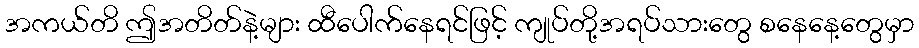
အကယ်တိ ဤအတိတ်နဲ့များ ထီပေါက်နေရင်ဖြင့် ကျုပ်တို့အရပ်သားတွေ စနေနေ့တွေမှာ